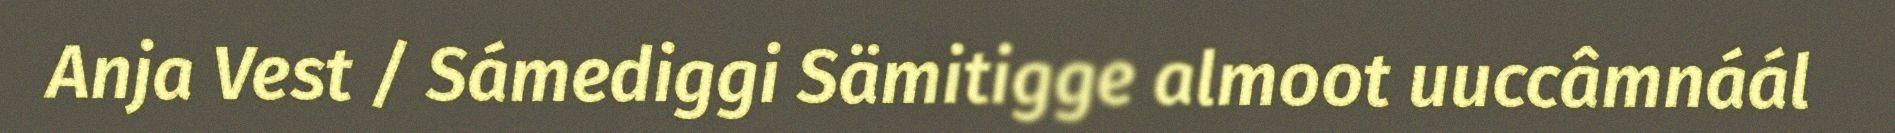
Anja Vest / Sámediggi Sämitigge almoot uuccâmnáál